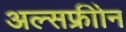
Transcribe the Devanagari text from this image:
अल्सफ्रीोन